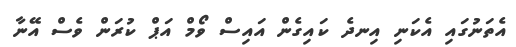
އެތަނުގައި އެކަނި އިނދެ ކައިގެން އައިސް ވޯމް އަޕް ކުރަން ވެސް އޭނާ